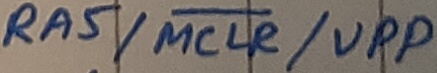
Text: RA5/MCLR/VPP